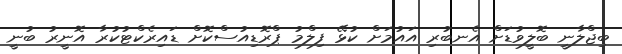
ބިޖްލާނީ ބޮލީވުޑަށް އެނބުރި އައުމަށް ކުޅޭ ފިލްމު ޕްރޮޑިއުސްކޮށް ޑައިރެކްޓުކުރާ އޮނީރު ބުނީ